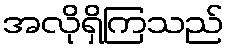
အလိုရှိကြသည်